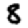
Digit: 8